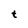
Character: t